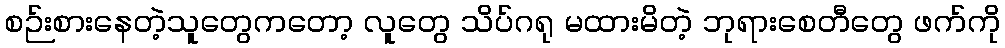
စဉ်းစားနေတဲ့သူတွေကတော့ လူတွေ သိပ်ဂရု မထားမိတဲ့ ဘုရားစေတီတွေ ဖက်ကို